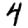
Digit: 4